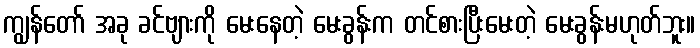
ကျွန်တော် အခု ခင်ဗျားကို မေးနေတဲ့ မေးခွန်းက တင်စားပြီးမေးတဲ့ မေးခွန်းမဟုတ်ဘူး။